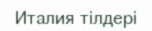
Италия тілдері